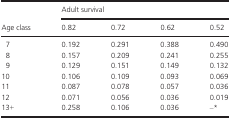
<table><thead><tr><td rowspan="2"><b>Age class</b></td><td colspan="4"><b>Adult survival</b></td></tr><tr><td><b>0.82</b></td><td><b>0.72</b></td><td><b>0.62</b></td><td><b>0.52</b></td></tr></thead><tbody><tr><td>7</td><td>0.192</td><td>0.291</td><td>0.388</td><td>0.490</td></tr><tr><td>8</td><td>0.157</td><td>0.209</td><td>0.241</td><td>0.255</td></tr><tr><td>9</td><td>0.129</td><td>0.151</td><td>0.149</td><td>0.132</td></tr><tr><td>10</td><td>0.106</td><td>0.109</td><td>0.093</td><td>0.069</td></tr><tr><td>11</td><td>0.087</td><td>0.078</td><td>0.057</td><td>0.036</td></tr><tr><td>12</td><td>0.071</td><td>0.056</td><td>0.036</td><td>0.019</td></tr><tr><td>13+</td><td>0.258</td><td>0.106</td><td>0.036</td><td>–*</td></tr></tbody></table>